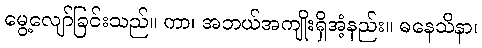
မွေ့လျော်ခြင်းသည်။ ကာ၊ အဘယ်အကျိုးရှိအံ့နည်း။ ဓနေသိနာ၊